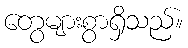
တွေများစွာရှိသည်။